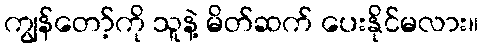
ကျွန်တော့်ကို သူနဲ့ မိတ်ဆက် ပေးနိုင်မလား။